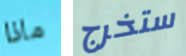
ماذا ستخرج